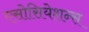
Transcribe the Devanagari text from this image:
एसोसियेशन्स